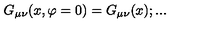
G _ { \mu \nu } ( x , \varphi = 0 ) = G _ { \mu \nu } ( x ) ; . . .